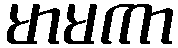
မာမကာ